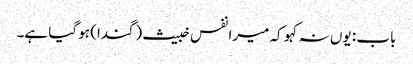
باب : یوں نہ کہو کہ میرا نفس خبیث (گندا) ہو گیا ہے۔